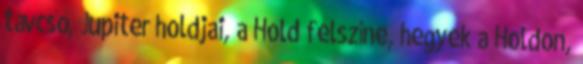
távcső, Jupiter holdjai, a Hold felszíne, hegyek a Holdon,